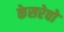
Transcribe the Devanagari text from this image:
केसरेवो